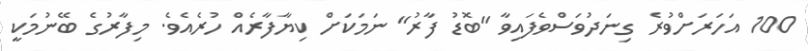
100 އަހަރަށްވުރެ ގިނަދުވަސްވެފައިވާ "ބޮޑު ފާރު" ނަމަކަށް ކިޔާފާރެއް ހުރެއެވެ. މިފާރުގެ ބޭނުމަކީ